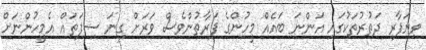
ވިޔަފާރި ދަތުރުތަކުގައި އަންނަ ބައެއް މީހުންގެ ފަރާތުންވެސް ވަރަށް ގިނަ ސިފަތައް އެމީހުންނަށް